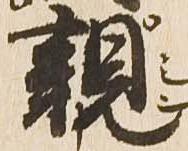
親